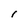
Character: l